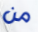
من